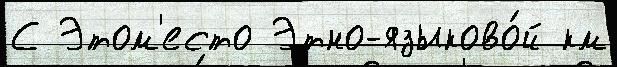
С Этом'есто Этно-языково́й км